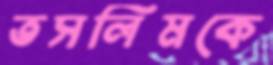
তসলিমকে